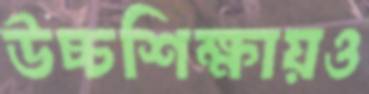
উচ্চশিক্ষায়ও